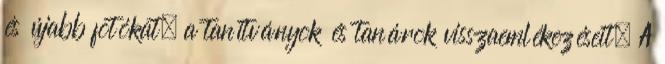
és újabb fotókat, a tanítványok és tanárok visszaemlékezéseit. A